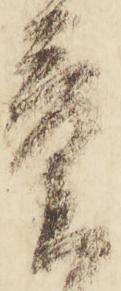
量